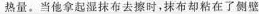
热量。当他拿起湿抹布去擦时，抹布却粘在了侧壁